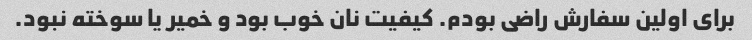
برای اولین سفارش راضی بودم. کیفیت نان خوب بود و خمیر یا سوخته نبود.